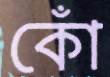
কোঁ